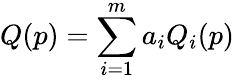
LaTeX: Q(p)=\sum_{i=1}^{m}a_{i}Q_{i}(p)